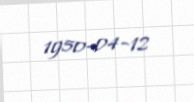
1950-04-12